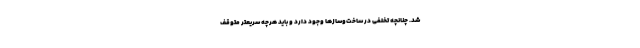
شد. چنانچه تخلفی در ساخت‌وسازها وجود دارد و باید هرچه سریعتر متوقف